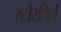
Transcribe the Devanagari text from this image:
स्टौरलिते